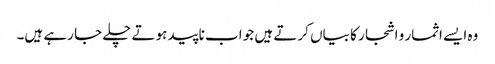
وہ ایسے اثمار و اشجار کا بیاں کرتے ہیں جو اب ناپید ہوتے چلے جا رہے ہیں۔